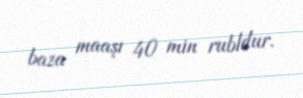
baza maaşı 40 min rubldur.